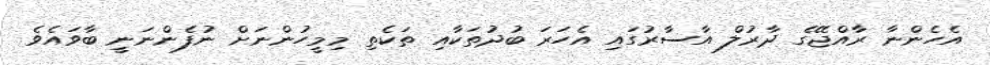
އެހެންނާ ރާއްޖޭގެ ދާރުލް އާސާރުގައި އެހަރަ ބުދުތަކާއި ތަކެތި މިމީހުންނަށް ނުފެންނަނީ ބާވައެވެ